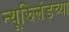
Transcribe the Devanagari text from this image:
न्यूझिलंडच्या